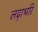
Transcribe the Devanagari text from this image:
लढ़ाभरि